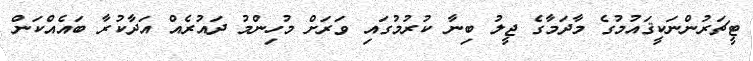
ޓީޗަރުންނަކީޤައުމުގެ މާދަމާގެ ޖީލު ބިނާ ކުރުމުގައި ވަރަށް މުހިންމު ދައުރެއް އަދާކުރާ ބައެއްކަން